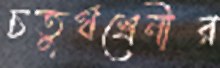
চতুর্থশ্রেনীর